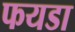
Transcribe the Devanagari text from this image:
फयडा